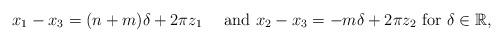
LaTeX: \begin{align*}x_1-x_3=(n+m)\delta +2\pi z_1\quad\textrm{ and }x_2-x_3=-m\delta+2\pi z_2\textrm{ for } \delta\in \mathbb{R},\end{align*}